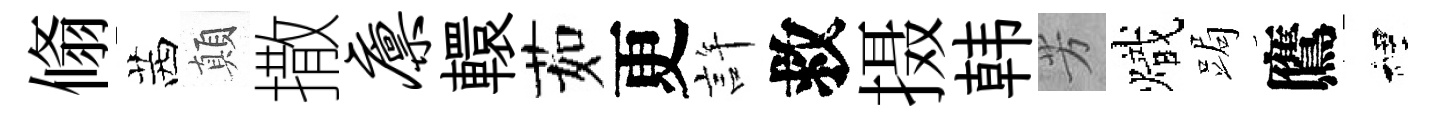
翛茜顛撒廪轘茹更許救摄韩芳熾跼鷹裡